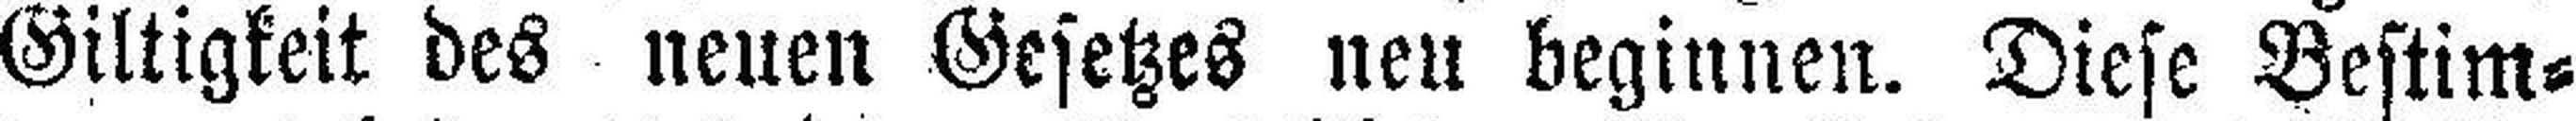
Giltigkeit des neuen Gesetzes neu beginnen. Diese Bestim¬